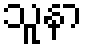
သူနာ